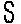
S